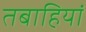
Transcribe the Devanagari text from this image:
तबाहियां